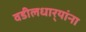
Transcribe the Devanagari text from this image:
वडीलधार्‍यांना